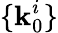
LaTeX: \{ \textbf{k}_{0}^{i}\}